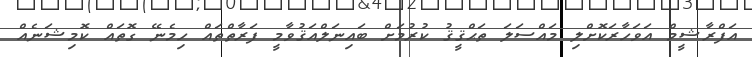
އަފްރާޝީމް އަވަހާރަކޮށްލި މައްސަލަ ތަޙްޤީޤު ކުރުމަށް ބައިނަލްއަޤުވާމީ ފަރާތްތައް ހިމެނޭ ގޮތައް ކޮމިޝަނެއް